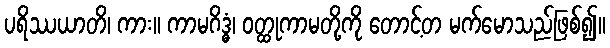
ပရိဿယာတိ၊ ကား။ ကာမဂိဒ္ဓံ၊ ဝတ္ထုကာမတို့ကို တောင့်တ မက်မောသည်ဖြစ်၍။